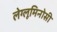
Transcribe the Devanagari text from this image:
लेग्लूमिनोसी